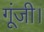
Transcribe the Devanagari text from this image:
गूंजी।